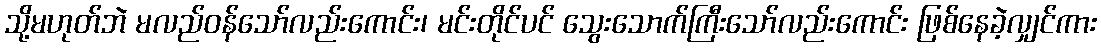
သို့မဟုတ်ဘဲ မလည်ဝန်သော်လည်းကောင်း၊ မင်းတိုင်ပင် သွေးသောက်ကြီးသော်လည်းကောင်း ဖြစ်နေခဲ့လျှင်ကား